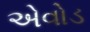
એવોડ